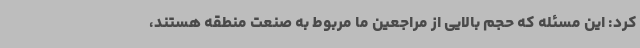
کرد: این مسئله که حجم بالایی از مراجعین ما مربوط به صنعت منطقه هستند،